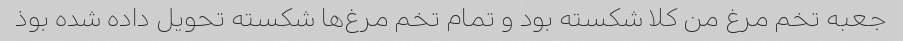
جعبه تخم مرغ من کلا شکسته بود و تمام تخم مرغ‌ها شکسته تحویل داده شده بوذ